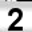
Digit: 2